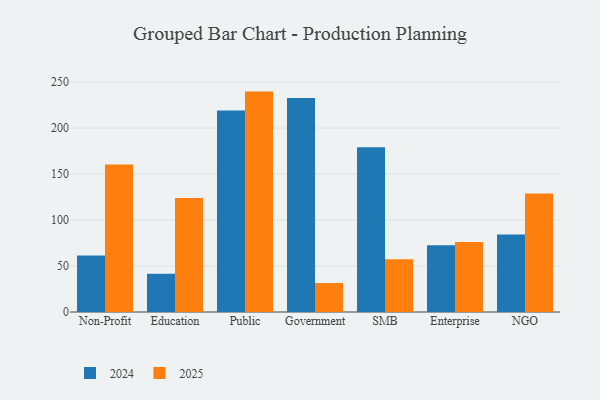
{"axis": {"x": "Segment", "y": "Waste Production (Tons)"}, "legend": ["2024", "2025"], "data": [{"x": "Non-Profit", "y": 160.5, "type": "2025"}, {"x": "Non-Profit", "y": 61.5, "type": "2024"}, {"x": "Education", "y": 124.0, "type": "2025"}, {"x": "Education", "y": 41.7, "type": "2024"}, {"x": "Public", "y": 239.7, "type": "2025"}, {"x": "Public", "y": 219.2, "type": "2024"}, {"x": "Government", "y": 31.5, "type": "2025"}, {"x": "Government", "y": 232.8, "type": "2024"}, {"x": "SMB", "y": 57.4, "type": "2025"}, {"x": "SMB", "y": 179.3, "type": "2024"}, {"x": "Enterprise", "y": 76.1, "type": "2025"}, {"x": "Enterprise", "y": 72.6, "type": "2024"}, {"x": "NGO", "y": 129.0, "type": "2025"}, {"x": "NGO", "y": 84.4, "type": "2024"}]}